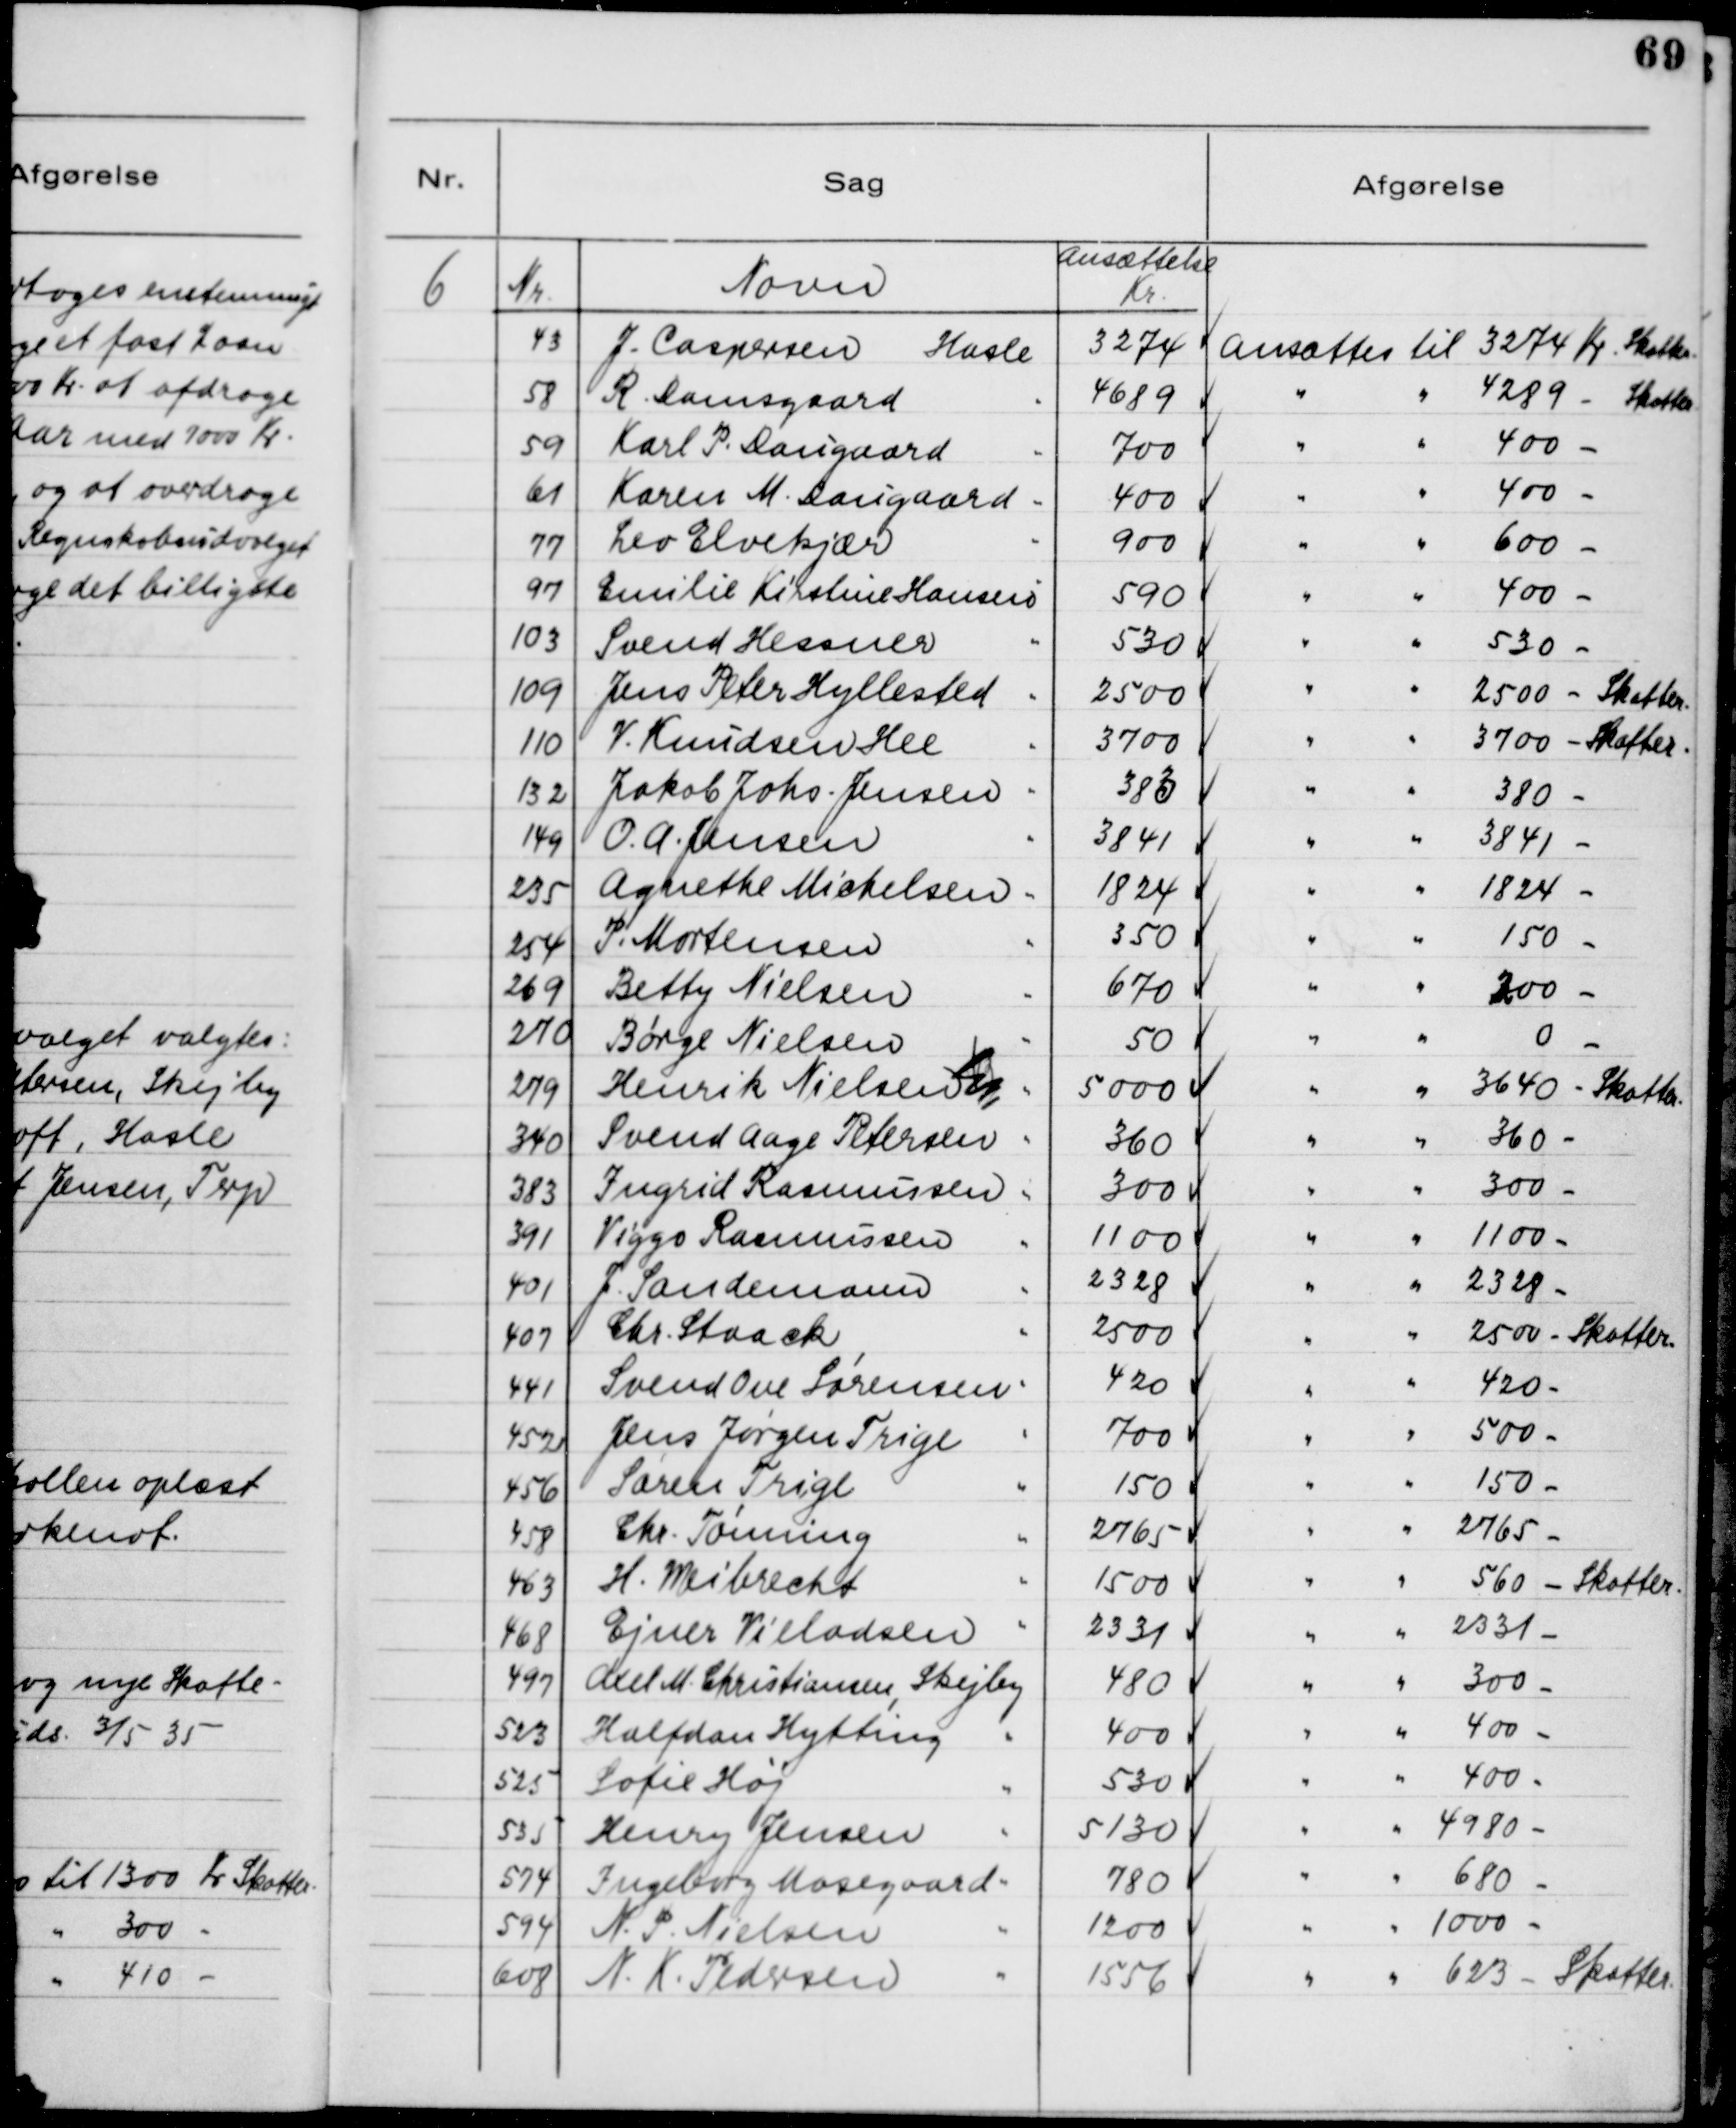
Transskription:
6